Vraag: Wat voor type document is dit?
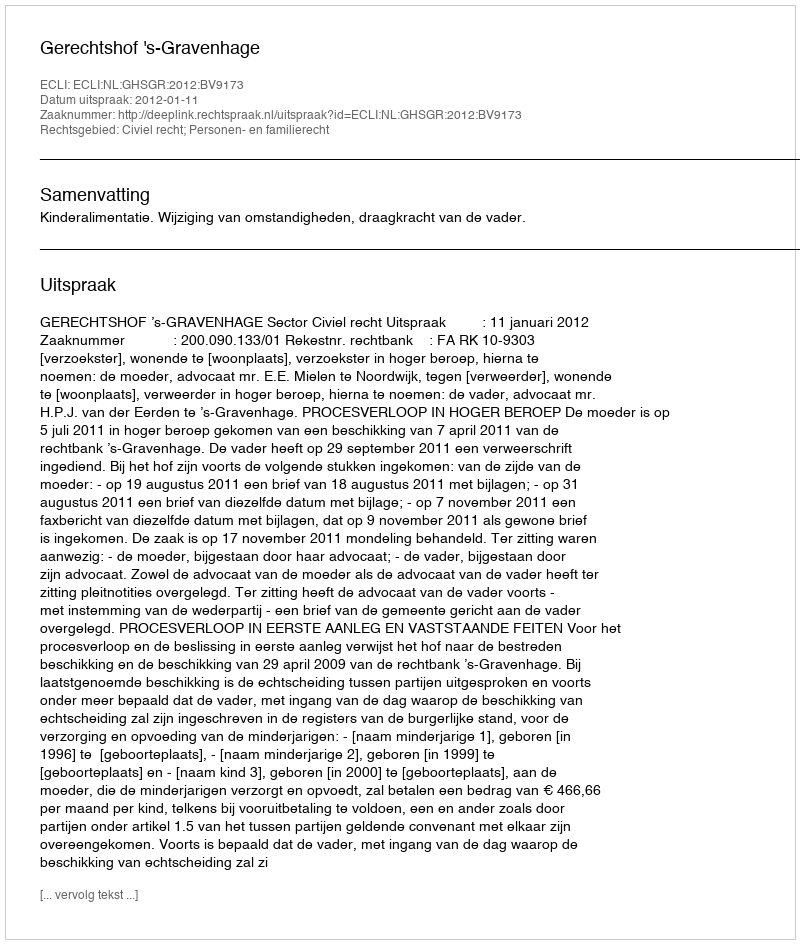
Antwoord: Uitspraak